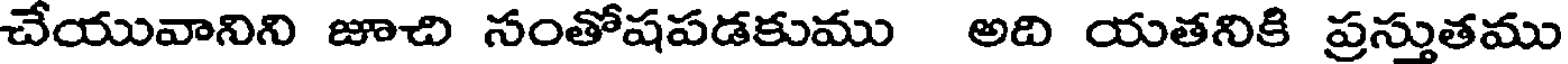
చేయువానిని జూచి సంతోషపడకుము అది యతనికి ప్రస్తుతము